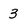
Character: 3